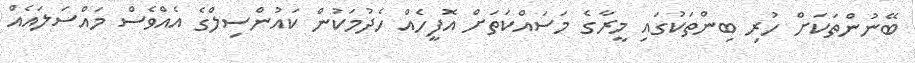
ބޭނުންތަކަށް ހުރި ބިންތަކުގައި މީރާގެ މަސައްކަތަށް އޮފީހެއް ހެދުމަކުން ކައުންސިލްގެ އެއްވެސް މައްސަލައެއް